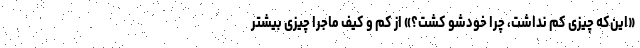
«این‌که چیزی کم نداشت، چرا خودشو کُشت؟» از کم و کیف ماجرا چیزی بیشتر